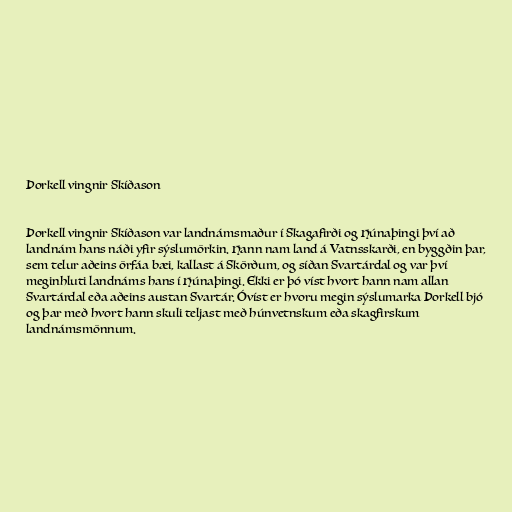
Þorkell vingnir Skíðason

Þorkell vingnir Skíðason var landnámsmaður í Skagafirði og Húnaþingi því að
landnám hans náði yfir sýslumörkin. Hann nam land á Vatnsskarði, en byggðin þar,
sem telur aðeins örfáa bæi, kallast á Skörðum, og síðan Svartárdal og var því
meginhluti landnáms hans í Húnaþingi. Ekki er þó víst hvort hann nam allan
Svartárdal eða aðeins austan Svartár. Óvíst er hvoru megin sýslumarka Þorkell bjó
og þar með hvort hann skuli teljast með húnvetnskum eða skagfirskum
landnámsmönnum.